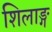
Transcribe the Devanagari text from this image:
शिलाङ्ग